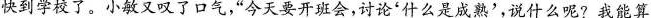
快到学校了。小敏又叹了口气，”今天要开班会，讨论'什么是成熟'，说什么呢?我能算